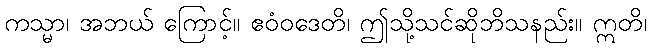
ကသ္မာ၊ အဘယ် ကြောင့်။ ဧဝံဝဒေတိ၊ ဤသို့သင်ဆိုဘိသနည်း။ ဣတိ၊